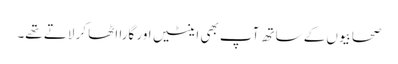
صحابیوں کے ساتھ آپ بھی اینٹیں اور گارا اٹھا کر لاتے تھے۔